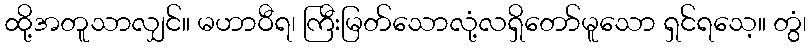
ထို့အတူသာလျှင်။ မဟာဝီရ၊ ကြီးမြတ်သောလုံ့လရှိတော်မူသော ရှင်ရသေ့။ တွံ၊